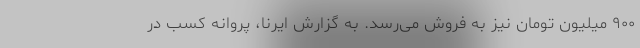
۹۰۰ میلیون تومان نیز به فروش می‌رسد. به گزارش ایرنا، پروانه کسب در